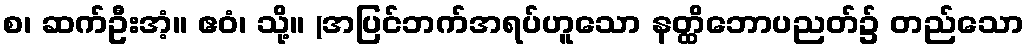
စ၊ ဆက်ဦးအံ့။ ဧဝံ၊ သို့။ (အပြင်ဘက်အရပ်ဟူသော နတ္ထိဘောပညတ်၌ တည်သော